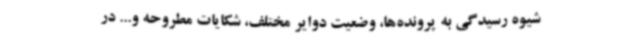
شیوه رسیدگی به پرونده‌ها، وضعیت دوایر مختلف، شکایات مطروحه و... در